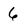
Character: 6